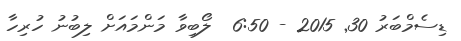
ޑިސެމްބަރު 30